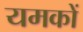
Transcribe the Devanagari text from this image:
यमकों